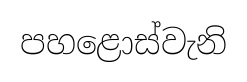
පහළොස්වැනි